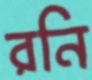
রনি